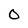
Character: O